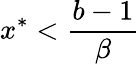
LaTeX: x^{*}<\frac{b-1}{\beta}